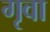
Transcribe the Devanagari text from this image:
गृवा